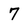
Character: 7